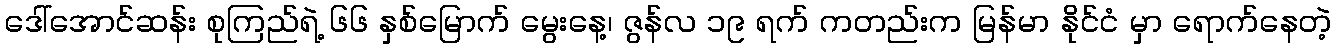
ဒေါ်အောင်ဆန်း စုကြည်ရဲ့ ၆၆ နှစ်မြောက် မွေးနေ့၊ ဇွန်လ ၁၉ ရက် ကတည်းက မြန်မာ နိုင်ငံ မှာ ရောက်နေတဲ့